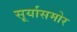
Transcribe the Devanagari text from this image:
सूर्यासमोर